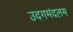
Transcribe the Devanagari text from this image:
उदगमंदलम